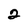
Character: 2